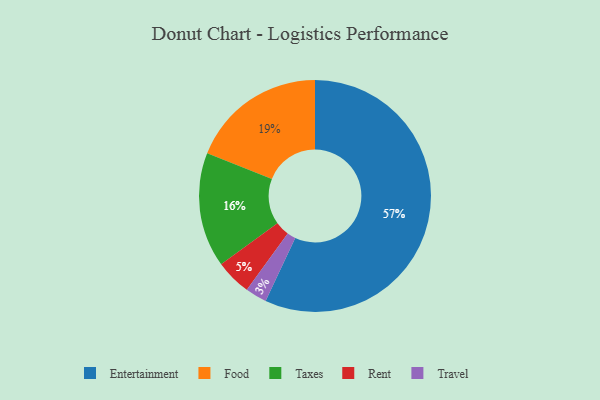
{"axis": {"x": "Category", "y": "Percentage"}, "legend": ["Entertainment", "Food", "Rent", "Taxes", "Travel"], "data": [{"x": "Rent", "y": 5, "type": "Rent"}, {"x": "Food", "y": 19, "type": "Food"}, {"x": "Travel", "y": 3, "type": "Travel"}, {"x": "Taxes", "y": 16, "type": "Taxes"}, {"x": "Entertainment", "y": 57, "type": "Entertainment"}]}